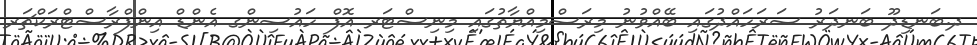
ދ.ބަނޑިދޫ ބަނދަރު ސަރަހައްދުގައި ބޭއްވުނު މިރަސްމިއްޔާތުގައި މިނިސްޓަރ އޮފް ހައުސިންގ އެންޑް އިންފްރާސްޓްރަކްޗަރ